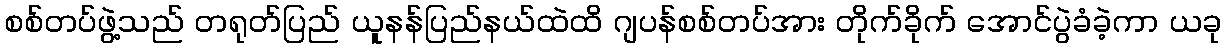
စစ်တပ်ဖွဲ့သည် တရုတ်ပြည် ယူနန်ပြည်နယ်ထဲထိ ဂျပန်စစ်တပ်အား တိုက်ခိုက် အောင်ပွဲခံခဲ့ကာ ယခု